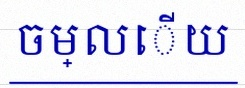
ចម្លើយ